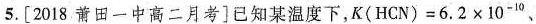
5.[ 2018 萧田一中高二月考]已知某温度下，$$K ( H C N ) = 6 . 2 × 1 0 ^ { - 1 0 }$$、